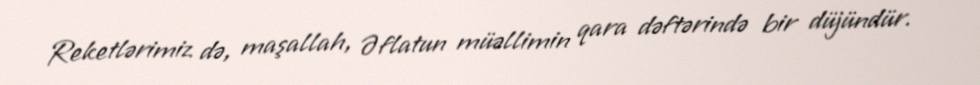
Reketlərimiz də, maşallah, Əflatun müəllimin qara dəftərində bir düjündür.